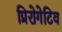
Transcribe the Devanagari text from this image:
प्रिरोगेटिव